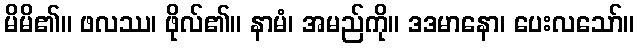
မိမိ၏။ ဖလဿ၊ ဖိုလ်၏။ နာမံ၊ အမည်ကို။ ဒဒမာနော၊ ပေးလသော်။